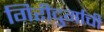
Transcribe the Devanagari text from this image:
गिरीदुर्गाची